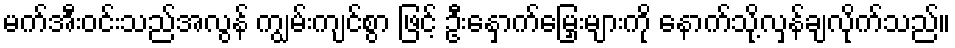
မက်အီးဝင်းသည်အလွန် ကျွမ်းကျင်စွာ ဖြင့် ဦးနှောက်မြှေးများကို နောက်သို့လှန်ချလိုက်သည်။